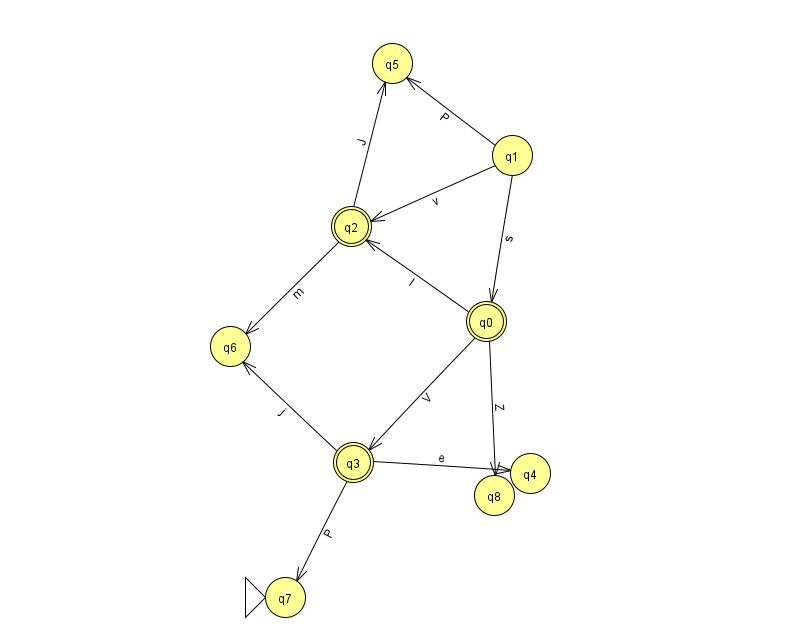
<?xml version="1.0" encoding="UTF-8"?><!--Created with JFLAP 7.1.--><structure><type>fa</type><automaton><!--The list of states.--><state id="0" name="q0"><x>486.0</x><y>308.0</y><final/></state><state id="1" name="q1"><x>512.0</x><y>142.0</y></state><state id="2" name="q2"><x>351.0</x><y>213.0</y><final/></state><state id="3" name="q3"><x>353.0</x><y>449.0</y><final/></state><state id="4" name="q4"><x>530.0</x><y>460.0</y></state><state id="5" name="q5"><x>392.0</x><y>50.0</y></state><state id="6" name="q6"><x>230.0</x><y>333.0</y></state><state id="7" name="q7"><x>285.0</x><y>584.0</y><initial/></state><state id="8" name="q8"><x>494.0</x><y>482.0</y></state><!--The list of transitions.--><transition><from>0</from><to>3</to><read>V</read></transition><transition><from>3</from><to>4</to><read>e</read></transition><transition><from>1</from><to>0</to><read>s</read></transition><transition><from>2</from><to>5</to><read>J</read></transition><transition><from>2</from><to>6</to><read>m</read></transition><transition><from>3</from><to>6</to><read>j</read></transition><transition><from>0</from><to>2</to><read>I</read></transition><transition><from>0</from><to>8</to><read>Z</read></transition><transition><from>1</from><to>5</to><read>P</read></transition><transition><from>3</from><to>7</to><read>P</read></transition><transition><from>1</from><to>2</to><read>v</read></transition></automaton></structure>